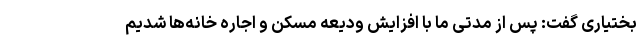
بختیاری گفت: پس از مدتی ما با افزایش ودیعه مسکن و اجاره خانه‌ها شدیم